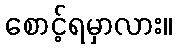
စောင့်ရမှာလား။